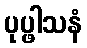
ပုပ္ဖါသနံ